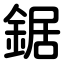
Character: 鋸